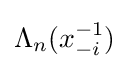
\Lambda _{n}(x_{-i}^{-1})